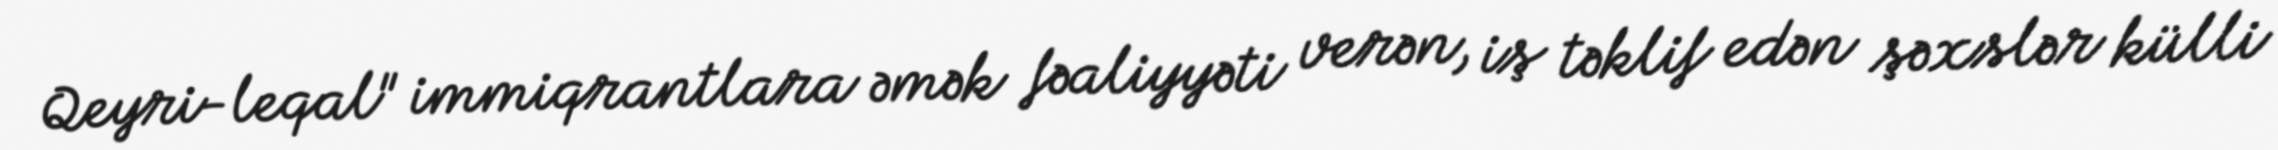
Qeyri-leqal" immiqrantlara əmək fəaliyyəti verən, iş təklif edən şəxslər külli